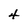
Character: 4